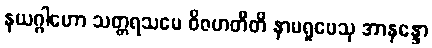
နယဂ္ဂါဟော သတ္တရသမေ ဝိဇဟတီတိ နာမရူပေသု အာနန္ဒော